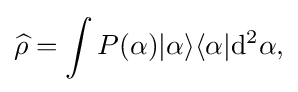
{\widehat {\rho }}=\int P(\alpha )|{\alpha }\rangle \langle {\alpha }|{\rm {{d}^{2}\alpha ,}}